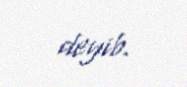
deyib.